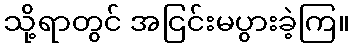
သို့ရာတွင် အငြင်းမပွားခဲ့ကြ။